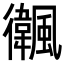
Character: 𩙃